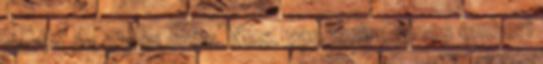
durva és olyan erős. Nos. van amire nincs emberi